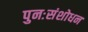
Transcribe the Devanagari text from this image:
पुनःसंशोधन